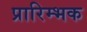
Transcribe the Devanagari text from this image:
प्रारिम्भक